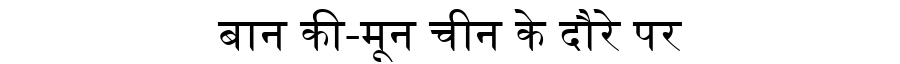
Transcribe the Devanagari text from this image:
बान की-मून चीन के दौरे पर